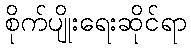
စိုက်ပျိုးရေးဆိုင်ရာ